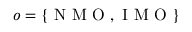
o = \{ \mathrm { ~ N ~ M ~ O ~ , ~ I ~ M ~ O ~ } \}